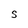
Character: s